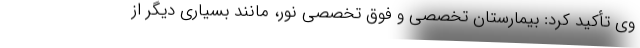
وی تأکید کرد: بیمارستان تخصصی و فوق تخصصی نور، مانند بسیاری دیگر از